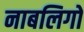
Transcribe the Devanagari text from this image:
नाबलिगों